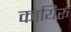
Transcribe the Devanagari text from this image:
कायिरू